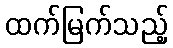
ထက်မြက်သည့်